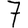
Digit: 7